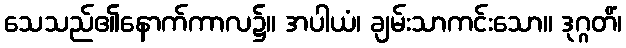
သေသည်၏နောက်ကာလ၌။ အပါယံ၊ ချမ်းသာကင်းသော။ ဒုဂ္ဂတိံ၊